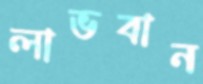
লাভবান